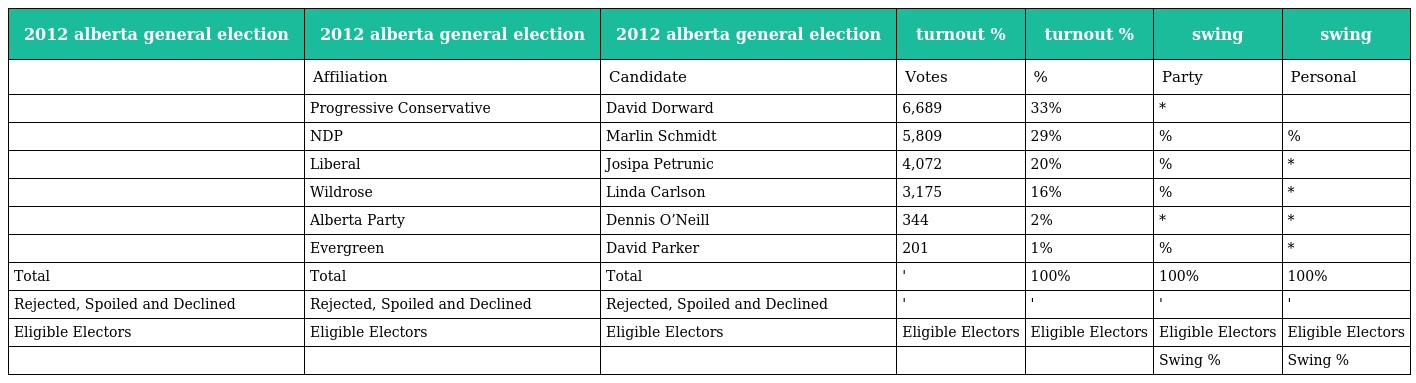
| 2012 alberta general election | 2012 alberta general election | 2012 alberta general election | turnout % | turnout % | swing | swing |
 | --- | --- | --- | --- | --- | --- | --- |
 |  | Affiliation | Candidate | Votes | % | Party | Personal |
 |  | Progressive Conservative | David Dorward | 6,689 | 33% | * |  |
 |  | NDP | Marlin Schmidt | 5,809 | 29% | % | % |
 |  | Liberal | Josipa Petrunic | 4,072 | 20% | % | * |
 |  | Wildrose | Linda Carlson | 3,175 | 16% | % | * |
 |  | Alberta Party | Dennis O’Neill | 344 | 2% | * | * |
 |  | Evergreen | David Parker | 201 | 1% | % | * |
 | Total | Total | Total | ' | 100% | 100% | 100% |
 | Rejected, Spoiled and Declined | Rejected, Spoiled and Declined | Rejected, Spoiled and Declined | ' | ' | ' | ' |
 | Eligible Electors | Eligible Electors | Eligible Electors | Eligible Electors | Eligible Electors | Eligible Electors | Eligible Electors |
 |  |  |  |  |  | Swing % | Swing % |